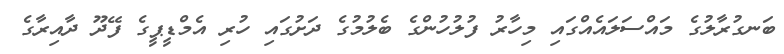
ބަނގުރާލުގެ މައްސަލައެއްގައި މިހާރު ފުލުހުންގެ ބެލުމުގެ ދަށުގައި ހުރި އެމްޑީޕީގެ ފޭދޫ ދާއިރާގެ